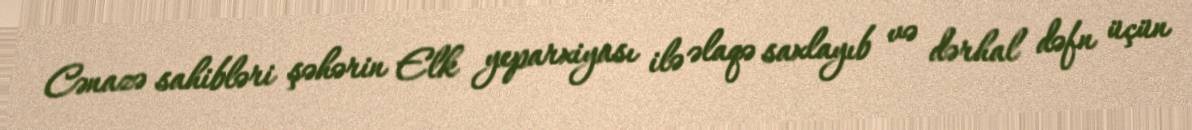
Cənazə sahibləri şəhərin Elk yeparxiyası ilə əlaqə saxlayıb və dərhal dəfn üçün